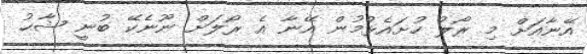
އޭނާއަށް މި ރޯލު ހުށައެޅުމުން އޭނާ އެ ރޯލަށް ނޫނެކޭ ބުނީ ޝާޙު